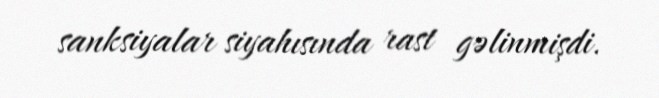
sanksiyalar siyahısında rast gəlinmişdi.